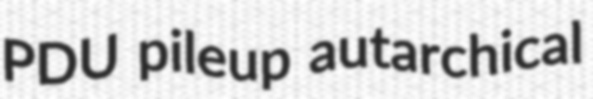
PDU pileup autarchical